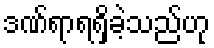
ဒဏ်ရာရရှိခဲ့သည်ဟု